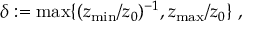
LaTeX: \delta : = \mathrm { m a x } \{ ( z _ { \mathrm { m i n } } / z _ { 0 } ) ^ { - 1 } , z _ { \mathrm { m a x } } / z _ { 0 } \} ~ ,